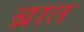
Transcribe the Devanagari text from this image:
ब्रात